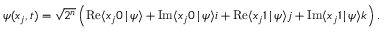
\boldsymbol { \psi } ( x _ { j } , t ) = \sqrt { 2 ^ { n } } \left( \mathrm { R e } { \langle x _ { j } 0 \, | \, \psi \rangle } + \mathrm { I m } { \langle x _ { j } 0 \, | \, \psi \rangle } \boldsymbol { i } + \mathrm { R e } { \langle x _ { j } 1 \, | \, \psi \rangle } \boldsymbol { j } + \mathrm { I m } { \langle x _ { j } 1 \, | \, \psi \rangle } \boldsymbol { k } \right) .